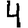
Digit: 4